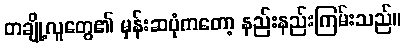
တချို့လူတွေ၏ မှန်းဆပုံကတော့ နည်းနည်းကြမ်းသည်။